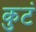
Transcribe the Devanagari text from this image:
कुटं